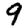
Digit: 9